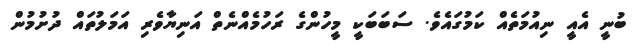
ބުނީ އެއީ ނިއުމަތެއް ކަމުގައެވެ. ސަބަބަކީ މީހުންގެ ރަހުމެއްނެތް އަނިޔާވެރި އަމަލުތައް ދުށުމުން